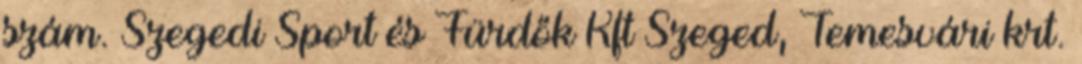
szám. Szegedi Sport és Fürdők Kft Szeged, Temesvári krt.